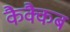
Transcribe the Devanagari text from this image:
कैक्कैब